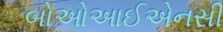
બોઓઆઈએનસી